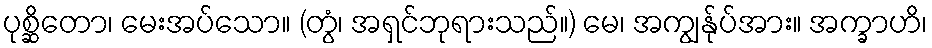
ပုစ္ဆိတော၊ မေးအပ်သော။ (တွံ၊ အရှင်ဘုရားသည်။) မေ၊ အကျွန်ုပ်အား။ အက္ခာဟိ၊